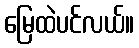
မြေထဲပင်လယ်။